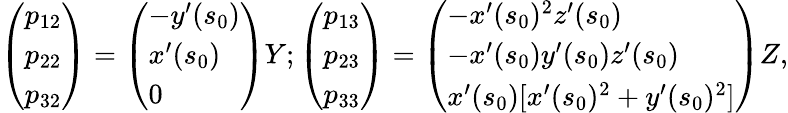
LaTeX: \left(\begin{array}{l}{p_{12}}\\ {p_{22}}\\ {p_{32}}\end{array}\right)=\left(\begin{array}{l}{-y^{\prime}(s_{0})}\\ {x^{\prime}(s_{0})}\\ {0}\end{array}\right)Y;\left(\begin{array}{l}{p_{13}}\\ {p_{23}}\\ {p_{33}}\end{array}\right)=\left(\begin{array}{l}{-x^{\prime}(s_{0})^{2}z^{\prime}(s_{0})}\\ {-x^{\prime}(s_{0})y^{\prime}(s_{0})z^{\prime}(s_{0})}\\ {x^{\prime}(s_{0})[x^{\prime}(s_{0})^{2}+y^{\prime}(s_{0})^{2}]}\end{array}\right)Z,